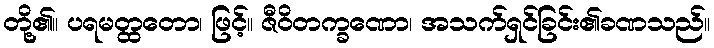
တို့၏။ ပရမတ္ထတော၊ ဖြင့်။ ဇီဝိတက္ခဏော၊ အသက်ရှင်ခြင်း၏ခဏသည်။